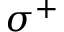
\sigma ^ { + }